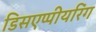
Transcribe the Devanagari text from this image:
डिसएप्पीयरिंग